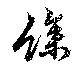
余